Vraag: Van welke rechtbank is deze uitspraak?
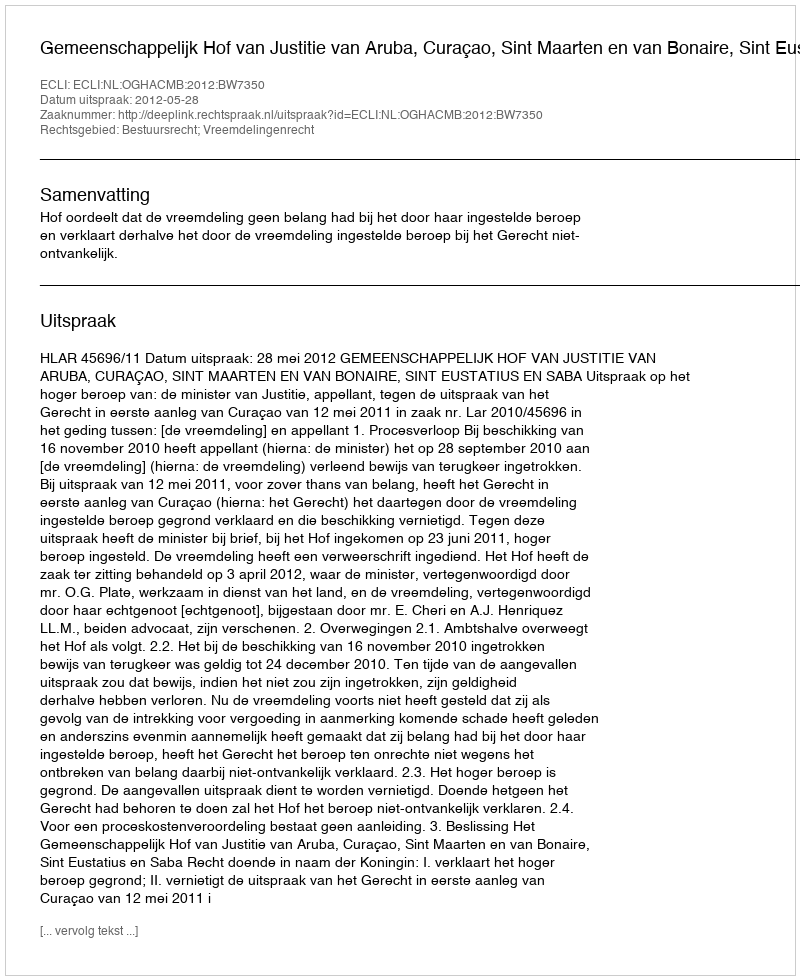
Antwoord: Gemeenschappelijk Hof van Justitie van Aruba, Curaçao, Sint Maarten en van Bonaire, Sint Eustatius en Saba